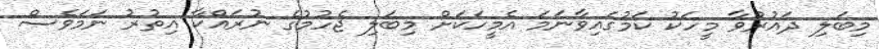
މިބަލި ދައުރުވާ މީހަކު ކަމުގައިވާނަމަ އެމީހަކަށް މިބަލި ޖެހުމުގެ ނުރައްކާ އިތުރު ނަމަވެސް